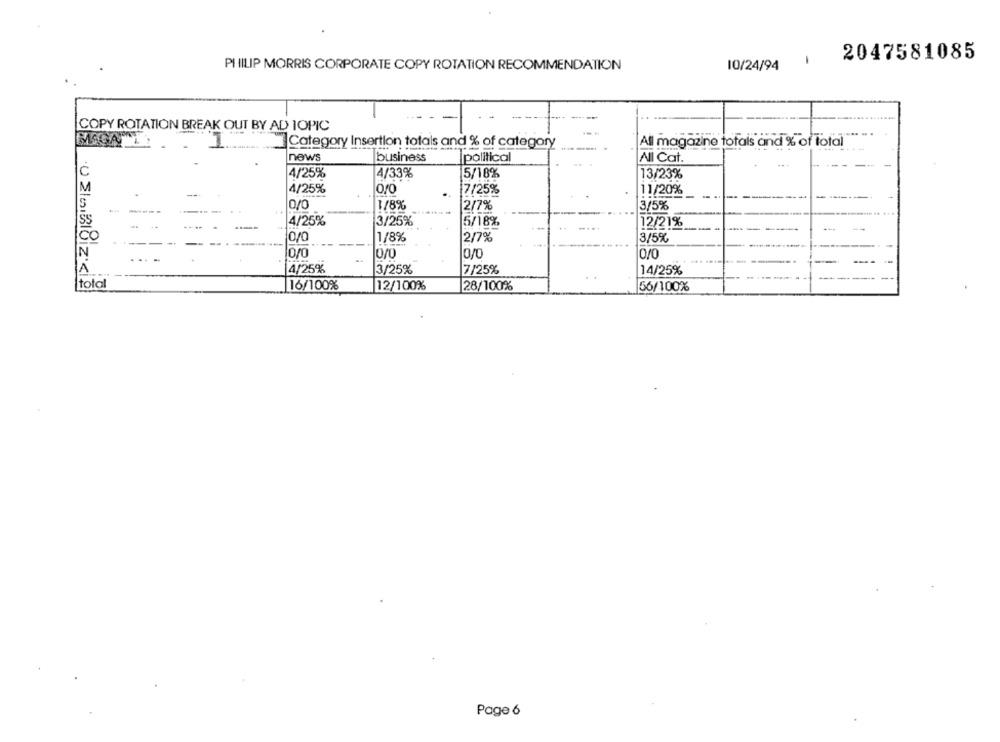
2047581085
PHILIP MORRIS CORPORATE COPY ROTATION RECOMMENDATION
10/24/94
COPY ROTATION BREAK OUT BY AD TOPIC
Category Insertion totals and % of category
-
All magazine totais and % of total
news
business
political
All Cat.
4/25%
4/33%
5/18%
13/23%
4/25%
0/0
7/25%
11/20%
0/0
1/8%
2/7%
3/5%
---
SS
4/25%
3/25%
5/18%
12/21%
1/8%
2/7%
3/5%
N
10/0
0/0
0/0
0/0
4/25%
3/25%
7/25%
14/25%
total
16/100%
12/100%
28/100%
56/100%
Page 6